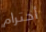
أحترام